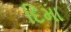
દિમા